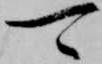
可